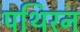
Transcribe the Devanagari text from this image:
पथिरन